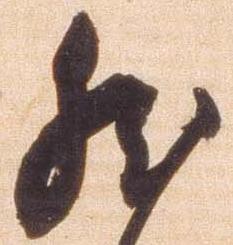
然